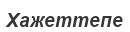
Хажеттепе